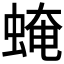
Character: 𧌄